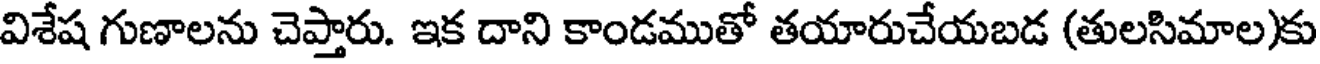
విశేష గుణాలను చెప్తారు. ఇక దాని కాండముతో తయారుచేయబడ (తులసిమాల)కు